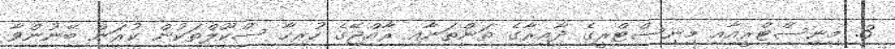
3. މިނިސްޓްރީއާއި މިނިސްޓްރީގެ ދާއިރާގެ ތަންތަނާއި ރާއްޖޭގެ ހުރިހާ ސްކޫލްތަކުން ކުރަން ބޭނުންވާ